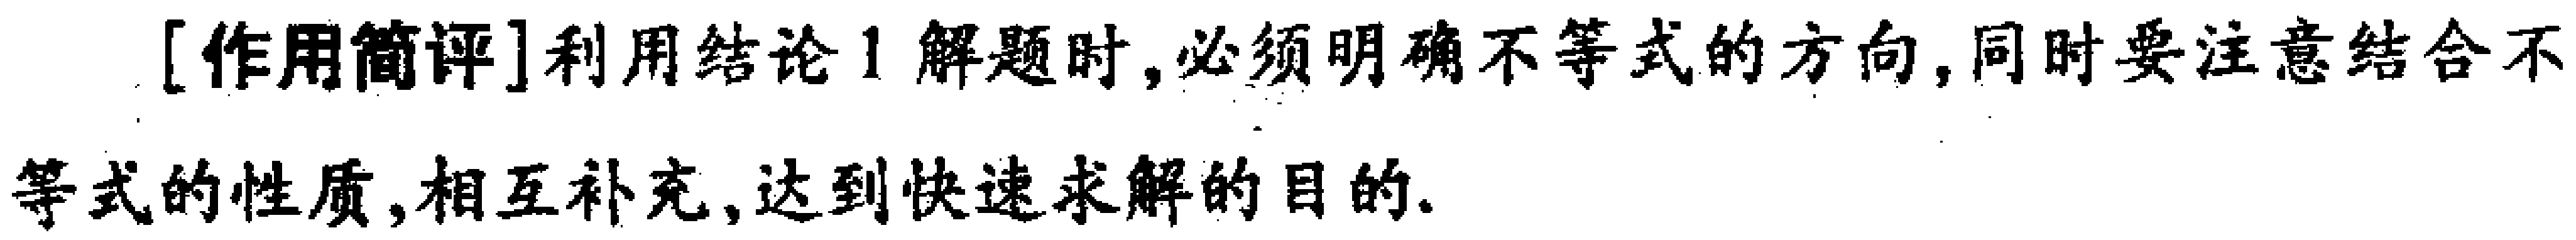
[作用简评]利用结论1解题时,必须明确不等式的方向,同时要注意结合不等式的性质,相互补充,达到快速求解的目的.